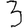
Digit: 3